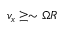
v _ { x } \ge \sim \Omega R